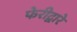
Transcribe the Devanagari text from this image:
फेरीद्वारे